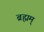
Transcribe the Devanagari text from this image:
ब्रह्मम्